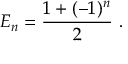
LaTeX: E _ { n } = \frac { 1 + ( - 1 ) ^ { n } } { 2 } ~ .